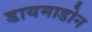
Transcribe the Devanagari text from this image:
डायमाडोन